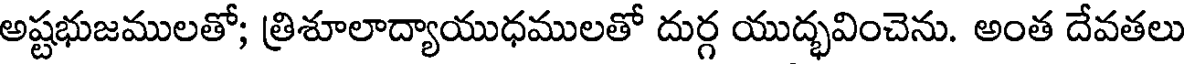
అష్టభుజములతో; త్రిశూలాద్యాయుధములతో దుర్గ యుద్భవించెను. అంత దేవతలు